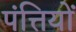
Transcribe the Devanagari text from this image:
पंत्तियों